Report on sanitation, dispensaries, and jails in Rajputana for 1916, and on vaccination for the year 1916-1917 - 1916-1917
Year: 1916
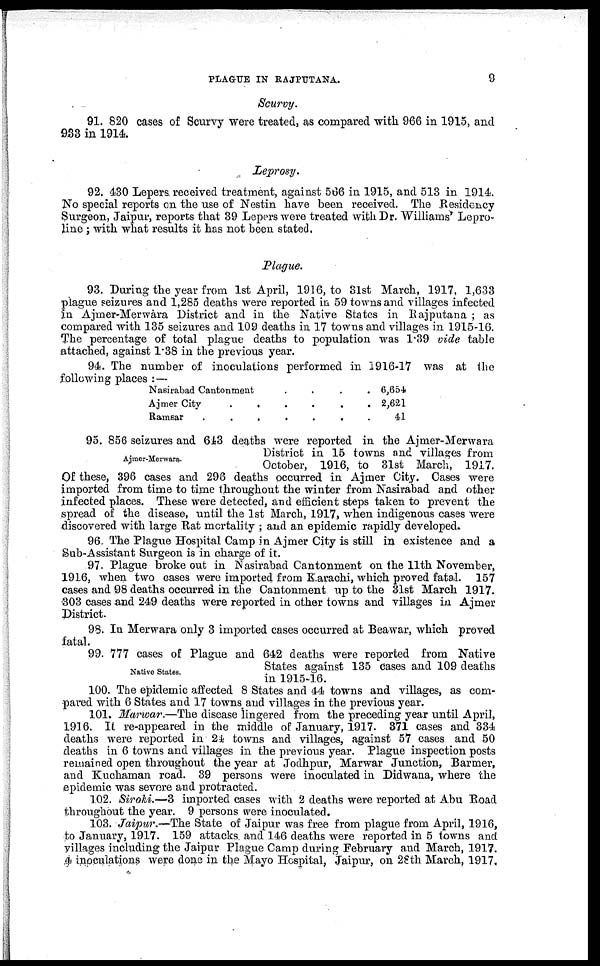
PLAGUE IN RAJPUTANA.
9
Scurvy.
91. 820 cases of Scurvy were treated, as compared with 966 in 1915, and
933 in 1914.
Leprosy.
92. 430 Lepers received treatment, against 566 in 1915, and 513 in 1914.
No special reports on the use of Nestin have been received. The Residency
Surgeon, Jaipur, reports that 39 Lepers were treated with Dr. Williams Lepro-
line ; with what results it has not been stated.
Plague.
93. During the year from 1st April, 1916, to 31st March, 1917, 1,633
plague seizures and 1,285 deaths were reported in 59 towns and villages infected
in Ajmer-Merwara District and in the Native States in Rajputana ; as
compared with 135 seizures and 109 deaths in 17 towns and villages in 1915-16.
The percentage of total plague deaths to population was 1.39 vide table
attached, against 1.38 in the previous year.
94. The number of inoculations performed in 1916-17 was at the
following places : —
Nasirabad Cantonment
.
.
.
.
Ajmer City
.
.
.
.
Ramsar
.
.
.
.
6,654
2,621
41
Ajmer-Merwara.
95. 856 seizures and 643 deaths were reported in the Ajmer-Merwara
District in 15 towns and villages from
October, 1916, to 31st March, 1917.
Of these, 396 cases and 296 deaths occurred in Ajmer City. Cases were
imported from time to time throughout the winter from Nasirabad and other
infected places. These were detected, and efficient steps taken to prevent the
spread of the disease, until the 1st March, 1917, when indigenous cases were
discovered with large Rat mortality ; and an epidemic rapidly developed.
96. The Plague Hospital Camp in Ajmer City is still in existence and a
Sub-Assistant Surgeon is in charge of it.
97. Plague broke out in Nasirabad Cantonment on the 11th November,
1916, when two cases were imported from Karachi, which proved fatal. 157
cases and 98 deaths occurred in the Cantonment up to the 31st March 1917.
303 cases and 249 deaths were reported in other towns and villages in Ajmer
District.
98. In Merwara only 3 imported cases occurred at Beawar, which proved
fatal.
Native States.
99. 777 cases of Plague and 642 deaths were reported from Native
States against 135 cases and 109 deaths
in 1915-16.
100. The epidemic affected 8 States and 44 towns and villages, as com-
pared with 6 States and 17 towns and villages in the previous year.
101. Marwar.—The disease lingered from the preceding year until April,
1916. It re-appeared in the middle of January, 1917. 371 cases and 334
deaths were reported in 24 towns and villages, against 57 cases and 50
deaths in 6 towns and villages in the previous year. Plague inspection posts
remained open throughout the year at Jodhpur, Marwar Junction, Barmer,
and Kuchaman road. 39 persons were inoculated in Didwana, where the
epidemic was severe and protracted.
102. Sirohi.—3 imported cases with 2 deaths were reported at Abu Road
throughout the year. 9 persons were inoculated.
103. Jaipur.—The State of Jaipur was free from plague from April, 1916,
to January, 1917. 159 attacks and 146 deaths were reported in 5 towns and
villages including the Jaipur Plague Camp during February and March, 1917.
4 inoculations were done in the Mayo Hospital, Jaipur, on 28th March, 1917.